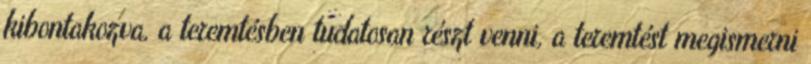
kibontakozva, a teremtésben tudatosan részt venni, a teremtést megismerni